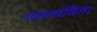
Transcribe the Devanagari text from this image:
ग्वाताविता